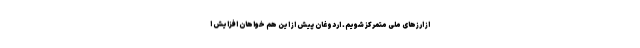
از ارز‌های ملی متمرکز شویم. اردوغان پیش از این هم خواهان افزایش ا